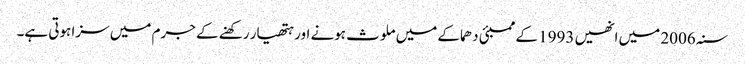
سنہ 2006 میں انھیں 1993 کے ممبئی دھماکے میں ملوث ہونے اور ہتھیار رکھنے کے جرم میں سزا ہوتی ہے۔